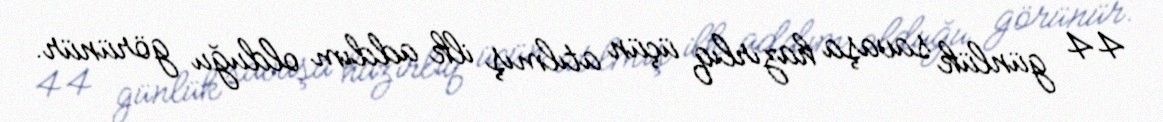
44 günlük savaşa hazırlıq üçün atılmış ilk addım olduğu görünür.